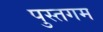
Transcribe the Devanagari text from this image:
पुस्तगम